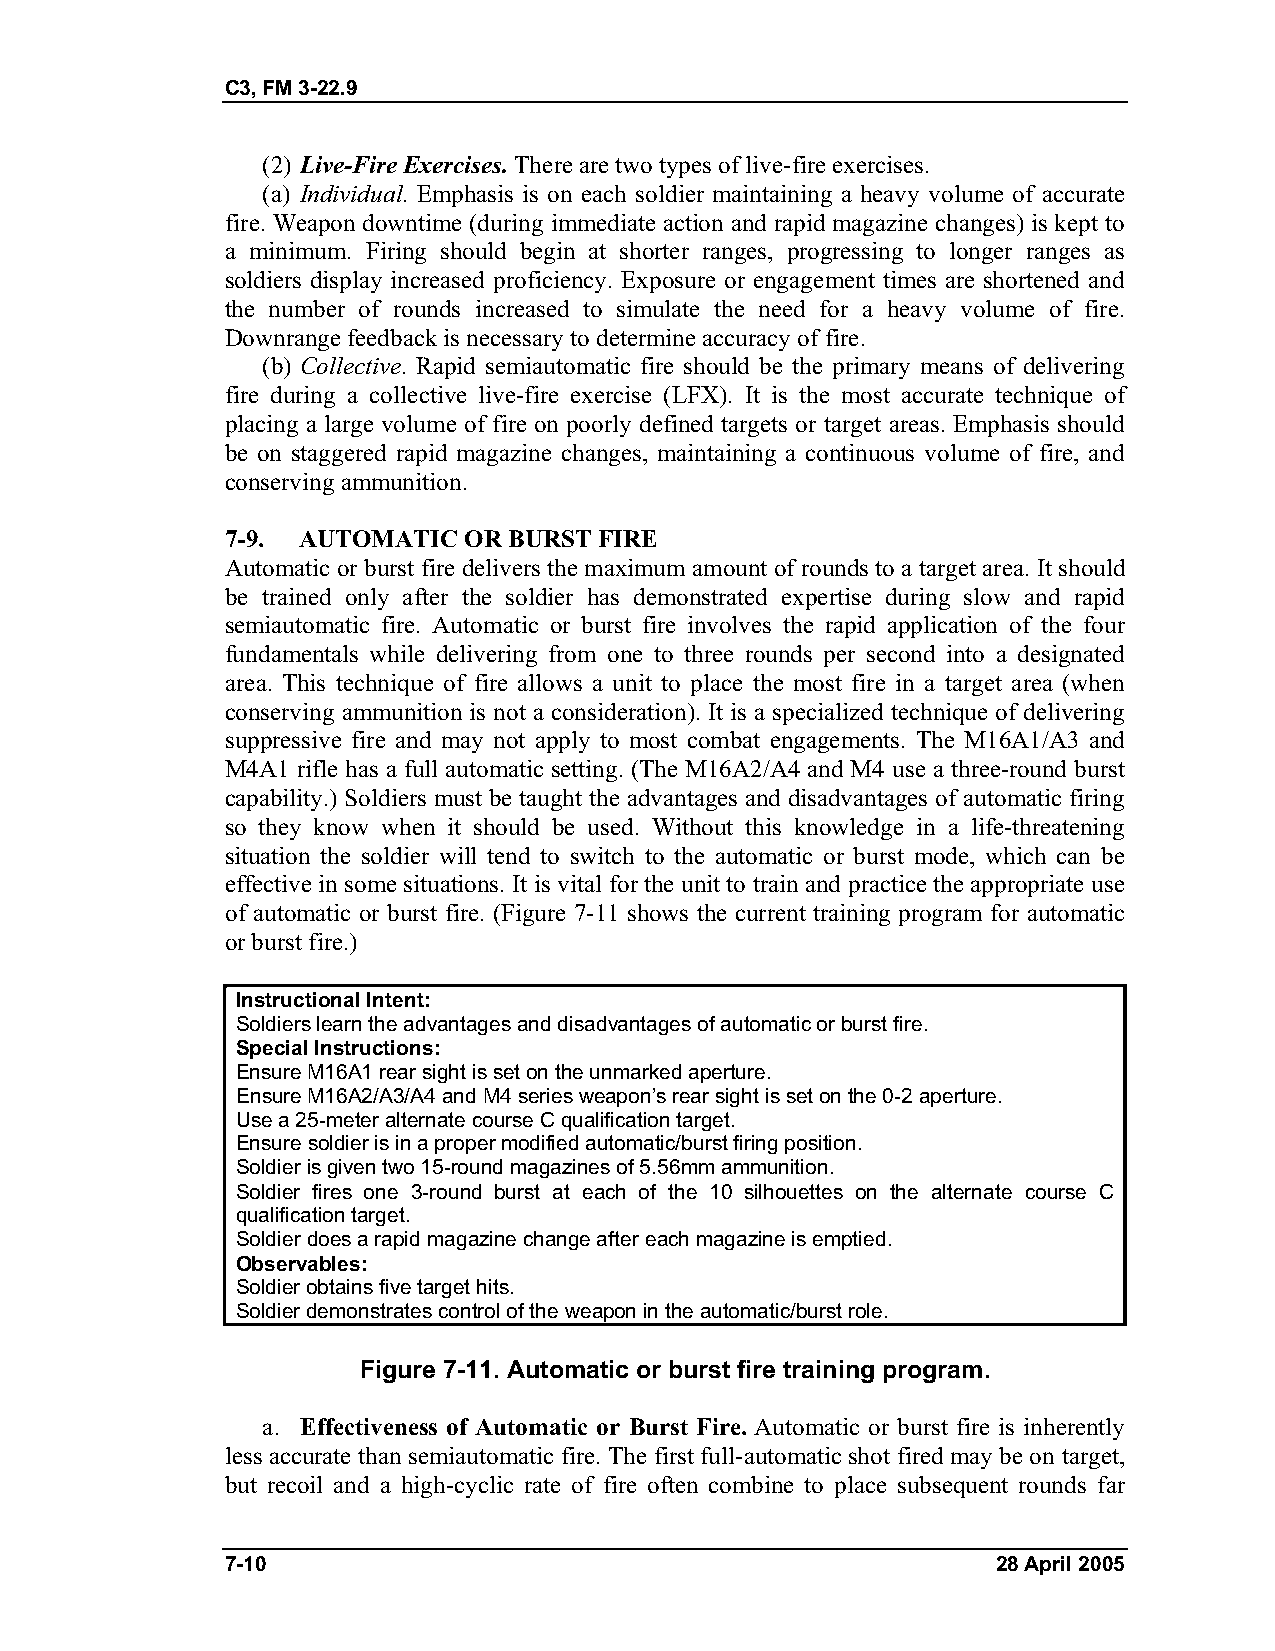
C3, FM 3-22.9
 (2) Live-Fire Exercises. There are two types of live-fire exercises.
 (a) Individual. Emphasis is on each soldier maintaining a heavy volume of accurate
 fire. Weapon downtime (during immediate action and rapid magazine changes) is kept to
 a minimum. Firing should begin at shorter ranges, progressing to longer ranges as
 soldiers display increased proficiency. Exposure or engagement times are shortened and
 the number of rounds increased to simulate the need for a heavy volume of fire.
 Downrange feedback is necessary to determine accuracy of fire.
 (b) Collective. Rapid semiautomatic fire should be the primary means of delivering
 fire during a collective live-fire exercise (LFX). It is the most accurate technique of
 placing a large volume of fire on poorly defined targets or target areas. Emphasis should
 be on staggered rapid magazine changes, maintaining a continuous volume of fire, and
 conserving ammunition.
 7-9. AUTOMATIC  OR BURST FIRE
 Automatic or burst fire delivers the maximum amount of rounds to a target area. It should
 be trained only after the soldier has demonstrated expertise during slow and rapid
 semiautomatic fire. Automatic or burst fire involves the rapid application of the four
 fundamentals while delivering from one to three rounds per second into a designated
 area. This technique of fire allows a unit to place the most fire in a target area (when
 conserving ammunition is not a consideration). It is a specialized technique of delivering
 suppressive fire and may not apply to most combat engagements. The M16A1/A3 and
 M4A1 rifle has a full automatic setting. (The M16A2/A4 and M4 use a three-round burst
 capability.) Soldiers must be taught the advantages and disadvantages of automatic firing
 so they know when it should be used. Without this knowledge in a life-threatening
 situation the soldier will tend to switch to the automatic or burst mode, which can be
 effective in some situations. It is vital for the unit to train and practice the appropriate use
 of automatic or burst fire. (Figure 7-11 shows the current training program for automatic
 or burst fire.)
 Instructional Intent:
 Soldiers learn the advantages and disadvantages of automatic or burst fire.
 Special Instructions:
 Ensure M16A1 rear sight is set on the unmarked aperture.
 Ensure M16A2/A3/A4 and M4 series weapon’s rear sight is set on the 0-2 aperture.
 Use a 25-meter alternate course C qualification target.
 Ensure soldier is in a proper modified automatic/burst firing position.
 Soldier is given two 15-round magazines of 5.56mm ammunition.
 Soldier fires one 3-round burst at each of the 10 silhouettes on the alternate course C
 qualification target.
 Soldier does a rapid magazine change after each magazine is emptied.
 Observables:
 Soldier obtains five target hits.
 Soldier demonstrates control of the weapon in the automatic/burst role.
 Figure 7-11. Automatic or burst fire training program.
 a. Effectiveness of Automatic or Burst Fire. Automatic or burst fire is inherently
 less accurate than semiautomatic fire. The first full-automatic shot fired may be on target,
 but recoil and a high-cyclic rate of fire often combine to place subsequent rounds far
 7-10                                               28 April 2005